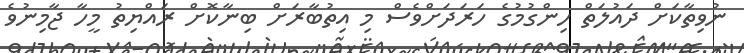
ނުވިތާކަށް ދައުލަތް ހިންގުމުގެ ހަރަދަށްވެސް މި އިތުބާރަށް ބިނާކޮށް ރައްޔިތު މީހާ ޖާމިނުވެ